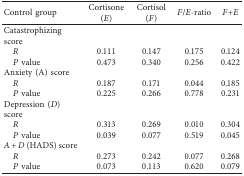
| Control group | Cortisone (E) | Cortisol (F) | F/E-ratio | F+E |
 | --- | --- | --- | --- | --- |
 | Catastrophizing score |  |  |  |  |
 | R | 0.111 | 0.147 | 0.175 | 0.124 |
 | P value | 0.473 | 0.340 | 0.256 | 0.422 |
 | Anxiety (A) score |  |  |  |  |
 | R | 0.187 | 0.171 | 0.044 | 0.185 |
 | P value | 0.225 | 0.266 | 0.778 | 0.231 |
 | Depression (D) score |  |  |  |  |
 | R | 0.313 | 0.269 | 0.010 | 0.304 |
 | P value | 0.039 | 0.077 | 0.519 | 0.045 |
 | A + D (HADS) score |  |  |  |  |
 | R | 0.273 | 0.242 | 0.077 | 0.268 |
 | P value | 0.073 | 0.113 | 0.620 | 0.079 |